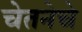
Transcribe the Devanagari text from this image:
चेतनेचे